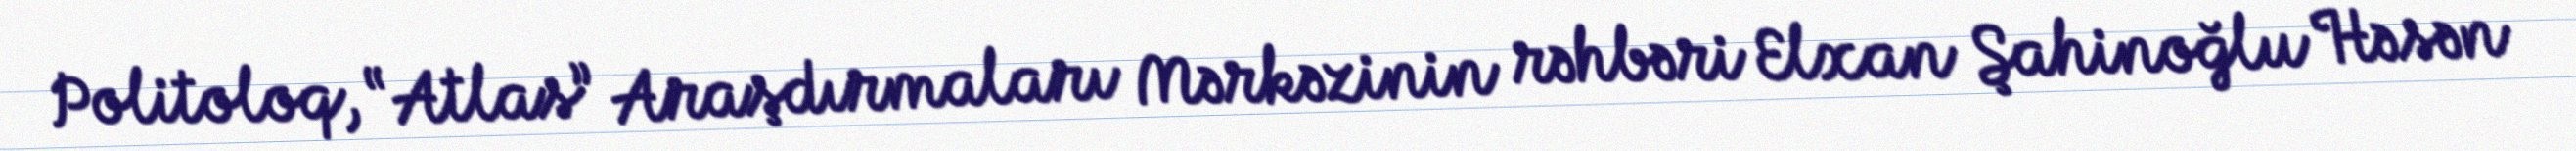
Politoloq, “Atlas” Araşdırmaları Mərkəzinin rəhbəri Elxan Şahinoğlu Həsən